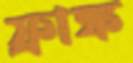
ফ্রাঙ্ক